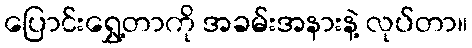
ပြောင်းရွှေ့တာကို အခမ်းအနားနဲ့ လုပ်တာ။